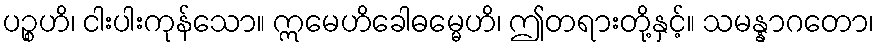
ပဉ္စဟိ၊ ငါးပါးကုန်သော။ ဣမေဟိခေါဓမ္မေဟိ၊ ဤတရားတို့နှင့်။ သမန္နာဂတော၊